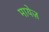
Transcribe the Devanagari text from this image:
मायेज़